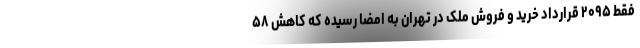
فقط ۲۰۹۵ قرارداد خرید و فروش ملک در تهران به امضا رسیده که کاهش ۵۸